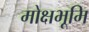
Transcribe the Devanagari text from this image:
मोक्षभूमि